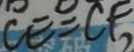
C E = C F _ { 2 }